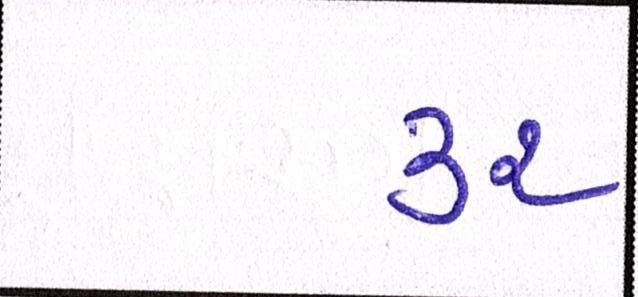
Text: ૩૨